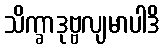
သိက္ခာဒုဗ္ဗလျမာပါဒိ